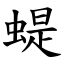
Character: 蝭